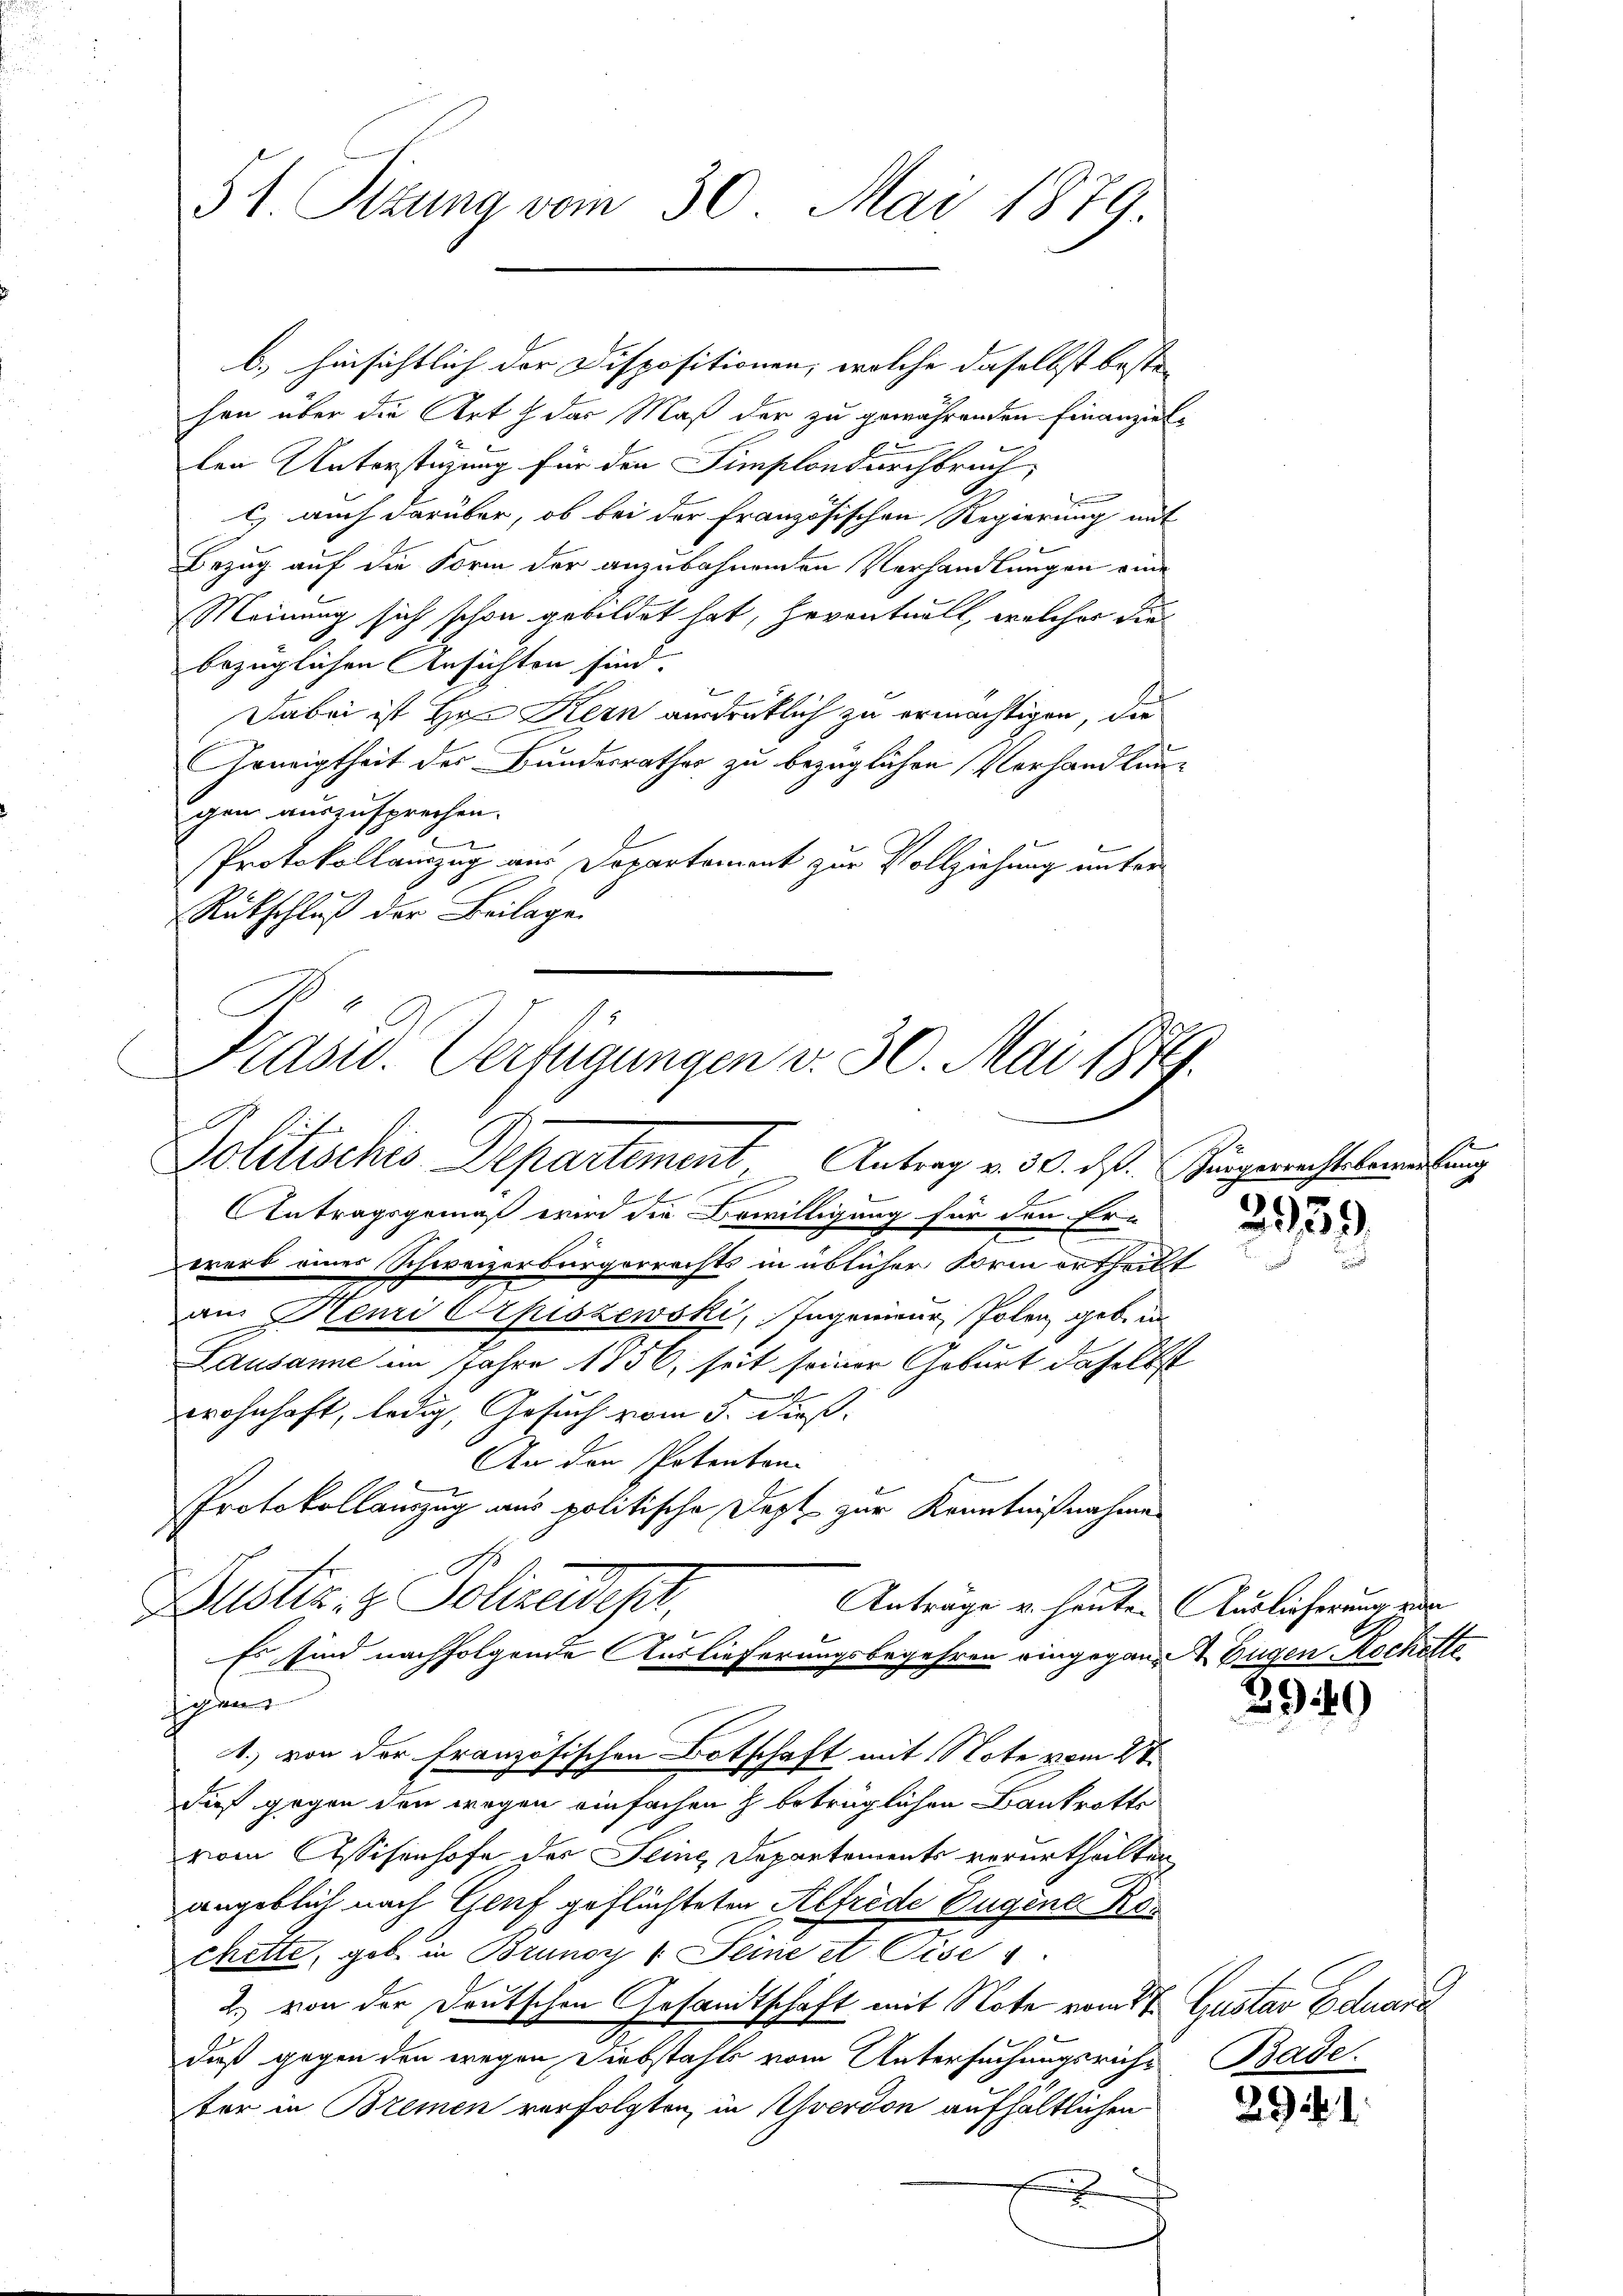
b.) hinsichtlich der Dispositionen, welche daselbst besten |
hen über die Art & das Maß der zu gewährenden Finanziellen Unterstüzung für den Simplondurchbruch,
x
e
c) auch darüber, ob bei der Französischen Regierung mit
Bezug auf die Form der anzubahnenden Verhandlungen eine
Meinung sich schon gebildet hat, heventuell, welcher die
bezüglichen Ansichten sind.
Dabei ist Hrn Kern ausdrüklich zu ermächtigen, die
Heneigtheit der Bundesrathes zu bezüglichen Verhandlungen auszusprechen.
Protokollanzug aus Departement zur Vollziehung unter
Rutschluß der Beilage
E
E
Antragsgemäß wir die Bewilligung für den Er-
werb eines Schweizerbürgerrechts in üblicher Form ertheilt
an Henri Orpiszewski, Ingenieur Polen geb. in
Lausanne im Jahre 1856, seit seiner Geburt daselbst
a
wohnhaft, ledig, Gesuch vom 5. dieß.
An den Potenten
Protokollauszug aus politische Dept zur Kenntnißnahme
ustiz & Polizeideper.
Anträge v. heuten Auslieferung von
Es sind nachfolgende Auslieferungsbegehren eingegann. Eugen Rochette
sichen
1. von der Französischen Botschaft mit Note vom 27.
dieß gegen den wegen einfachen h. beträglichen Bankrotts
vom Assisenhofe der Seine Departements verurtheilten
angeblich nach Genf geflüchteten Alfrede Eugene Kochette, geb. in Brunoy 1. Seine et Pise
2) von der Deutschen Gesandtschaft mit Note vom St. Gustav Eduard
daß gegen den wegen Diebstahls vom Untersuchungsricht Bade
ter in Bremen verfolgten, in Yverdon aufhältlichen
x

51. Sitzung vom 30. Mai 1879.

Prasw. Verfügungen v. 30. Mai 1874.
Politisches Departement. Antrag v. 30. ds. Hingerrechtsbereitung

2959

2940

2).